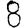
Digit: 8